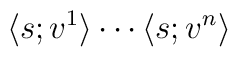
\langle s;v^1\rangle\cdots\langle s;v^n\rangle